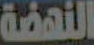
النهضة